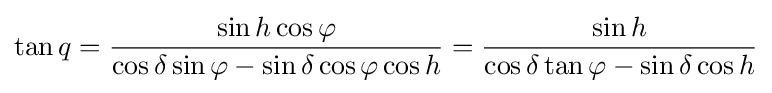
\tan q={\frac {\sin h\cos \varphi }{\cos \delta \sin \varphi -\sin \delta \cos \varphi \cos h}}={\frac {\sin h}{\cos \delta \tan \varphi -\sin \delta \cos h}}